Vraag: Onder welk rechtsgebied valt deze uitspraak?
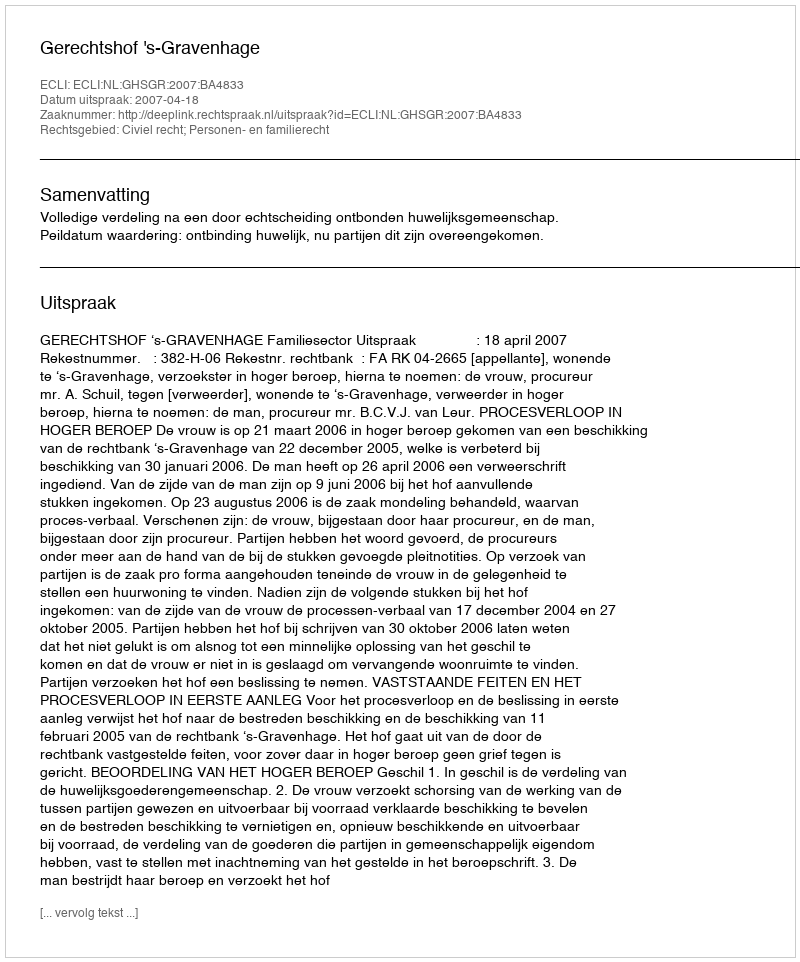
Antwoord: Civiel recht; Personen- en familierecht